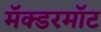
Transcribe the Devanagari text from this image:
मॅक्डरमॉट